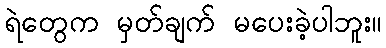
ရဲတွေက မှတ်ချက် မပေးခဲ့ပါဘူး။